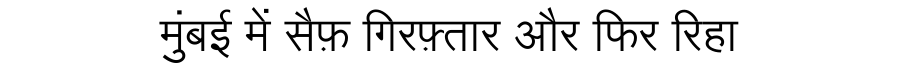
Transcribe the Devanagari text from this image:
मुंबई में सैफ़ गिरफ़्तार और फिर रिहा